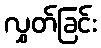
လွှတ်ခြင်း